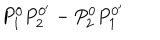
P _ { 1 } ^ { 0 } P _ { 2 } ^ { 0 ^ { \prime } } - P _ { 2 } ^ { 0 } P _ { 1 } ^ { 0 ^ { \prime } }